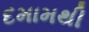
દમામથી